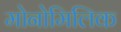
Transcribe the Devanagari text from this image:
मोनोमिलिक